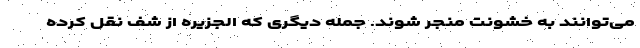
می‌توانند به خشونت منجر شوند. جمله دیگری که الجزیره از شف نقل کرده